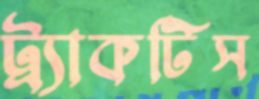
ট্র্যাকটিস